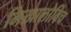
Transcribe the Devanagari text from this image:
मिखालोविच